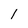
Character: 1